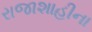
રાજાશાહીના